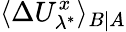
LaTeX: \langle\Delta U_{\lambda^{*}}^{x}\rangle_{B|A}